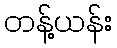
တန့်ယန်း